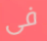
فى